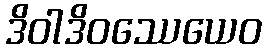
ဒိဝါဒိဝဿေယေဝ